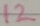
Text: 12